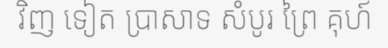
វិញ ទៀត ប្រាសាទ សំបូរ ព្រៃ គុហ៍